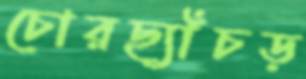
চোরছ্যাঁচড়